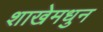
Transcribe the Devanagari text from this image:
शाखेमधुन